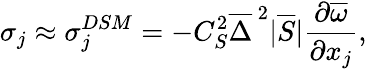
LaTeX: \sigma_{j}\approx\sigma_{j}^{DSM}=-C_{S}^{2}\overline{{\Delta}}^{\, 2}|\overline{{S}}|\frac{\partial\overline{{\omega}}}{\partial x_{j}},